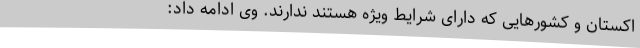
اکستان و کشورهایی که دارای شرایط ویژه هستند ندارند. وی ادامه داد: